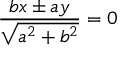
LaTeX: { \frac { b x \pm a y } { \sqrt { a ^ { 2 } + b ^ { 2 } } } } = 0